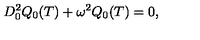
D _ { 0 } ^ { 2 } Q _ { 0 } ( T ) + \omega ^ { 2 } Q _ { 0 } ( T ) = 0 ,